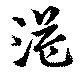
溢